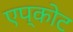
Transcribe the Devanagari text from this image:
एप्कोट